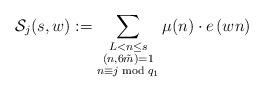
LaTeX: \begin{align*} \mathcal{S}_j(s,w):= \sum\limits_{\substack{L< n \le s \\ (n,6\tilde{m})=1\\ n \equiv j \bmod{q_1}}} \mu(n)\cdot e\left(w n\right)\end{align*}